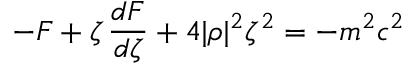
- { \cal F } + \zeta \, \frac { d { \cal F } } { d \zeta } + 4 | \rho | ^ { 2 } \zeta ^ { 2 } = - m ^ { 2 } c ^ { 2 }